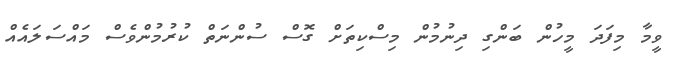
ވީމާ މިފަދަ މީހުން ބަންގި ދިނުމުން މިސްކިތަށް ގޮސް ސުންނަތް ކުރުމުންވެސް މައްސަލައެއް